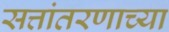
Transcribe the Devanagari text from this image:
सत्तांतरणाच्या